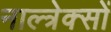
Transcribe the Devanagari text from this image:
नाल्त्रेक्सों